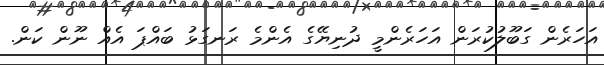
އަހަރެން ގަބޫލުކުރަން އަހަރެންމީ ދުނިޔޭގެ އެންމެ ރަނގަޅު ބައްޕަ އެއް ނޫން ކަން.